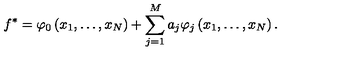
f ^ { * } = \varphi _ { 0 } \left( x _ { 1 } , \ldots , x _ { N } \right) + \sum _ { j = 1 } ^ { M } a _ { j } \varphi _ { j } \left( x _ { 1 } , \ldots , x _ { N } \right) .